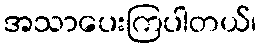
အသာပေးကြပါတယ်၊